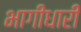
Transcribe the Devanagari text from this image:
भागीधारी